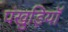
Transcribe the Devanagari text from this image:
पंखुड़ियॉ